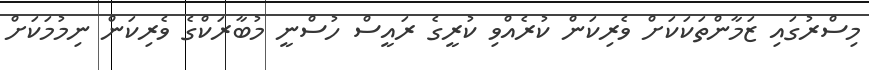
މިސްރުގައި ޒަމާންތަކަކަށް ވެރިކަން ކުރެއްވި ކުރީގެ ރައީސް ހުސްނީ މުބާރަކްގެ ވެރިކަން ނިމުމަކަށް